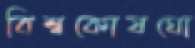
বিশ্বকোষঘো